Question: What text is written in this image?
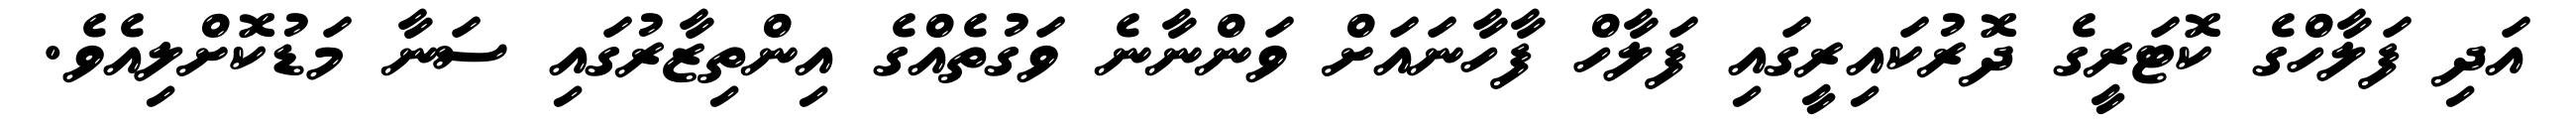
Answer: އަދި ފަލާހްގެ ކޮޓަރީގެ ދޮރުކައިރީގައި ފަލާހް ފާހާނައަށް ވަންނާނެ ވަގުތެއްގެ އިންތިޒާރުގައި ސަނާ މަޑުކޮށްލިއެވެ.